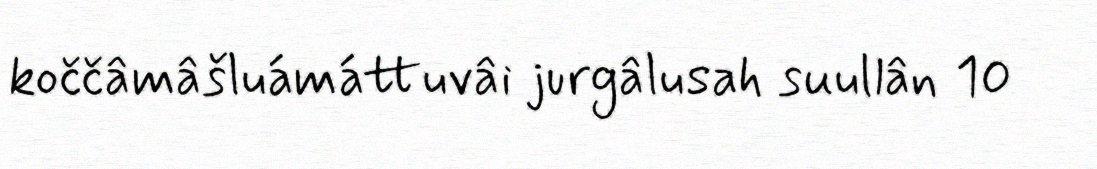
koččâmâšluámáttuvâi jurgâlusah suullân 10